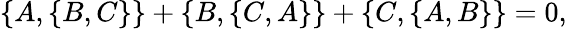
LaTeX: \{ A,\{ B,C\} \} +\{ B,\{ C,A\} \} +\{ C,\{ A,B\} \} =0,